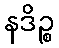
နဒိဉ္စ